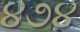
૪૭૪